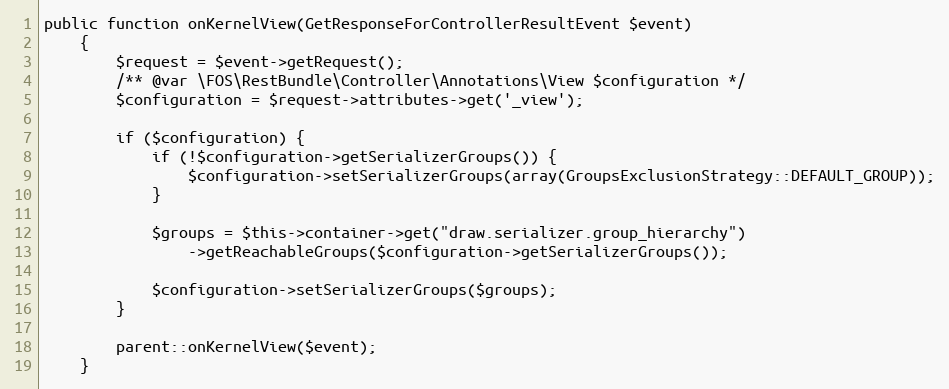
Language: PHP
public function onKernelView(GetResponseForControllerResultEvent $event)
    {
        $request = $event->getRequest();
        /** @var \FOS\RestBundle\Controller\Annotations\View $configuration */
        $configuration = $request->attributes->get('_view');

        if ($configuration) {
            if (!$configuration->getSerializerGroups()) {
                $configuration->setSerializerGroups(array(GroupsExclusionStrategy::DEFAULT_GROUP));
            }

            $groups = $this->container->get("draw.serializer.group_hierarchy")
                ->getReachableGroups($configuration->getSerializerGroups());

            $configuration->setSerializerGroups($groups);
        }

        parent::onKernelView($event);
    }